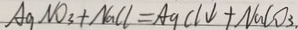
A g N O _ { 3 } + N a C l = A g C l \downarrow + N a C O _ { 3 } .